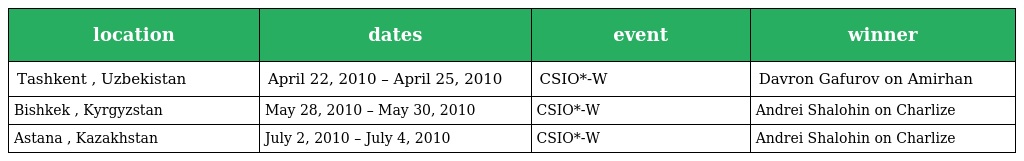
| location | dates | event | winner |
 | --- | --- | --- | --- |
 | Tashkent , Uzbekistan | April 22, 2010 – April 25, 2010 | CSIO*-W | Davron Gafurov on Amirhan |
 | Bishkek , Kyrgyzstan | May 28, 2010 – May 30, 2010 | CSIO*-W | Andrei Shalohin on Charlize |
 | Astana , Kazakhstan | July 2, 2010 – July 4, 2010 | CSIO*-W | Andrei Shalohin on Charlize |